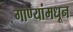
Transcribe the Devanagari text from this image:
गाण्यांमधून